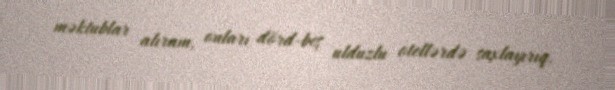
məktublar alıram, onları dörd-beş ulduzlu otellərdə saxlayırıq.